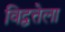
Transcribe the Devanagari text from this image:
विद्वत्तेला